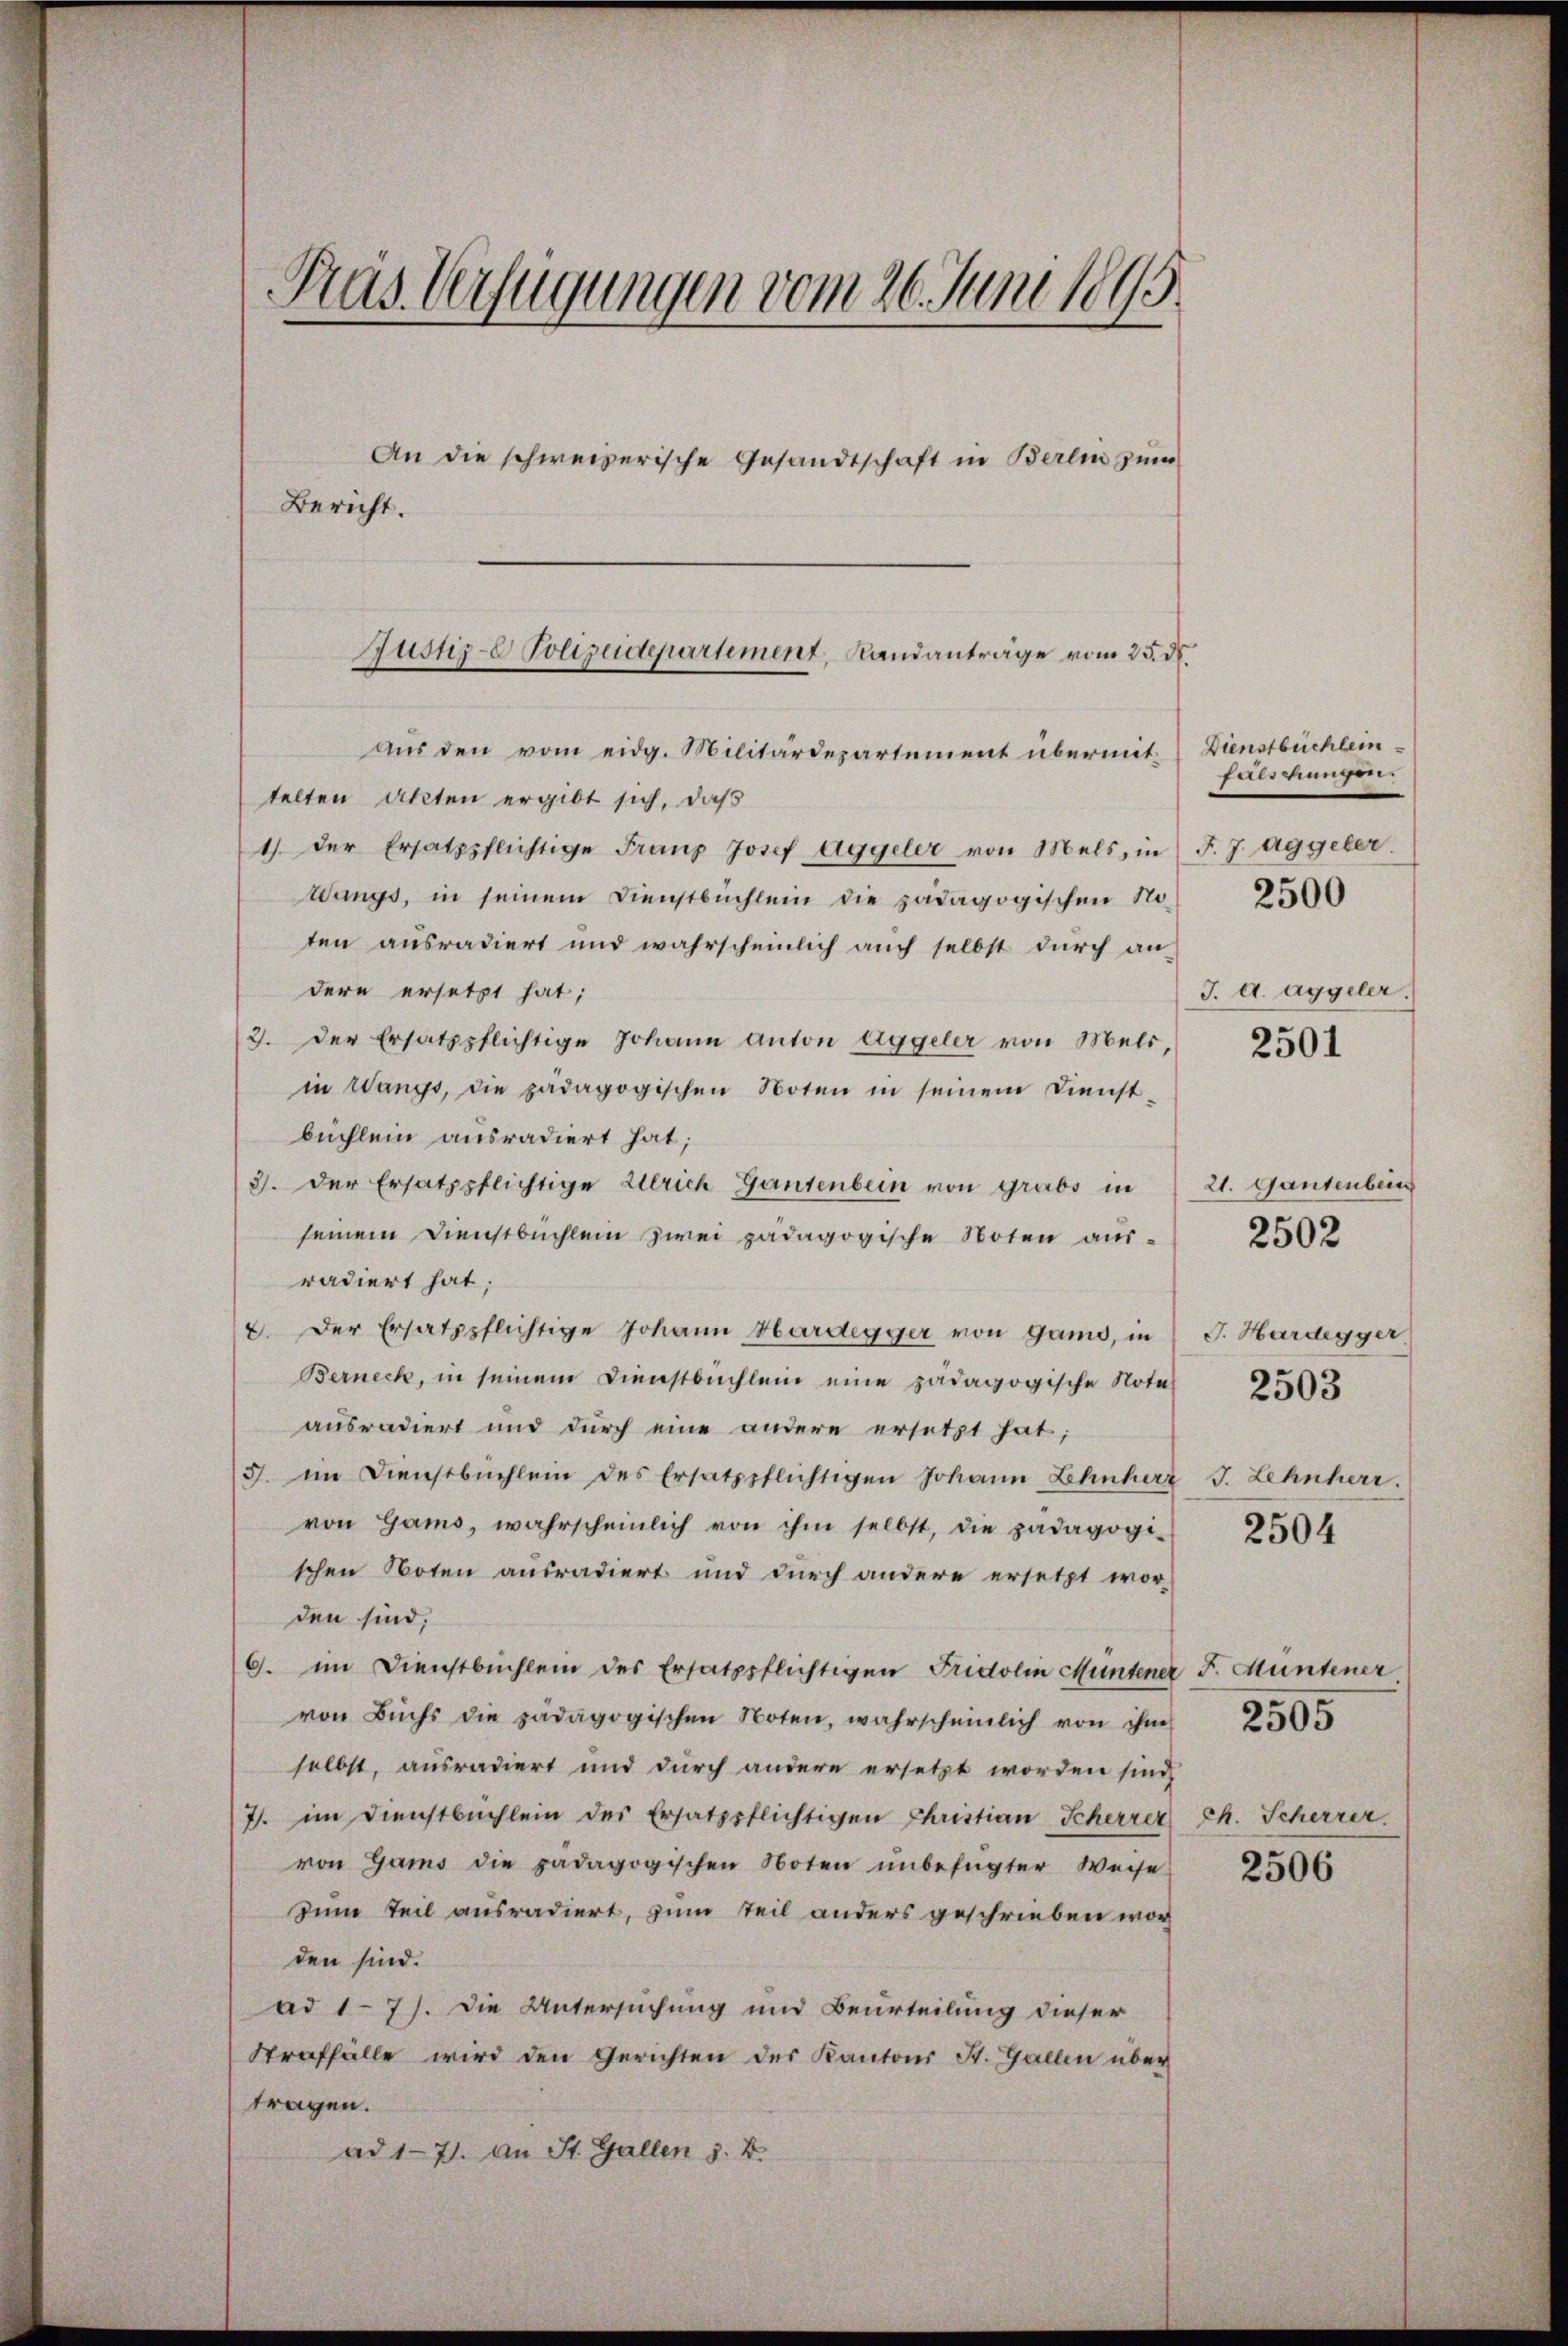
Pras Verfügungen vom 26. Juni 1895.

An die schweizerische Gesandtschaft in Berlin zum
Aus den vom eidg. Militärdepartement übermittelten Akten ergibt sich, daß
1) der Ersatzpflichtige Franz Josef Aggeler von Mels, in (F. J. aggeber.
angs, in seinem Dienstbuchlein die pädagogischen Noten ausradiert und wahrscheinlich auch selbst durch an
dere ersetzt hat;
2. Der Ersatzpflichtige Johann Anton aggeler von Mels,
in Wange, die pädagogischen Noten in seinem Dienst-
büchlein ausradiert hat;
3). Der Ersatzpflichtige Ulrich Gantenbein von Grabs in
seinem Dienstbuchlein zwei pädagogische Noten ausradiert hat;
2. Der Ersatzpflichtige Johann Hardegger von gano, in
Berneck, in seinem Dienstbuchlein eine pädagogische Notel
ausradiert und durch eine andere ersetzt hat;
3. im Dienstbüchlein des Ersatzpflichtigen Johann Ehnherz
von Gams, wahrscheinlich von ihm selbst, die pädagogi-
schen Noten ausradiert und durch andere ersetzt wor-
den sind,
G. im Dienstbuchlein des Ersatzpflichtigen Fridolin Müntener
von Buchs die pädagogischen Noten, wahrscheinlich von ihn
selbst, ausradiert und durch andere ersetzt worden sind,
7. im Dienstbuchlein des Ersatzpflichtigen Christian Scherrer
von Gams die pädagogischen Noten ŭnbefugter Weise
Zum Teil ausradiert, zum Teil anders geschrieben wor
den sind.
ad 171. Die Untersuchung und Beurteilung dieser
Straffälle wird den Gerichten des Kantons St. Gallen über
tragen.
ad 17. An St. Gallen z. B.

Bericht.

Justiz-C Polizeidepartement, Randanträge vom 25. d.

Dienstbuchlein
fäligungen.
2500
J. A. aggeler.

2501

21. Gantenbein
G. Hardegger
2503
J. Lehnherr
2504

2502

F. Müntener
Ch. Scherrer.

2505

2506